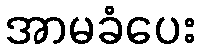
အာမခံပေး